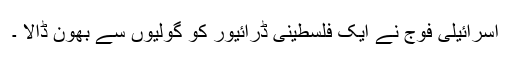
اسرائیلی فوج نے ایک فلسطینی ڈرائیور کو گولیوں سے بھون ڈالا ۔